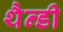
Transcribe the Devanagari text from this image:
थैन्डी